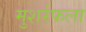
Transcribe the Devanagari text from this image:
मुशर्रफला